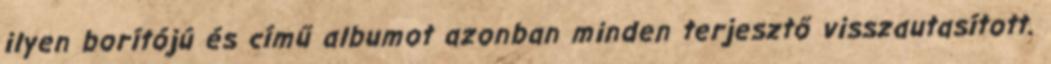
ilyen borítójú és című albumot azonban minden terjesztő visszautasított.